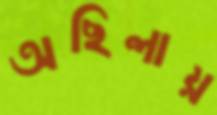
অছিলায়